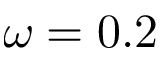
\omega = 0 . 2